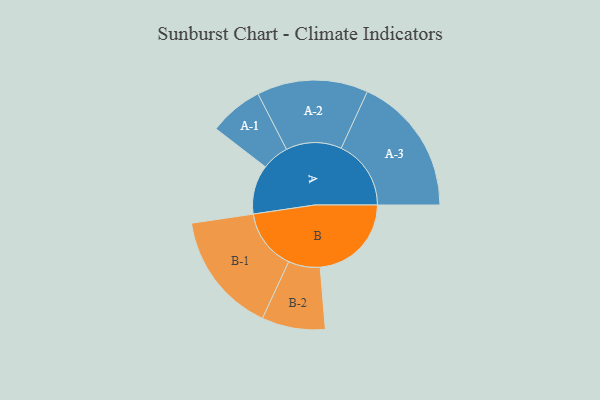
{"axis": {"x": "Segment", "y": "Value"}, "legend": ["", "A", "B"], "data": [{"x": "A", "y": 200, "type": ""}, {"x": "B", "y": 371, "type": ""}, {"x": "A-1", "y": 110, "type": "A"}, {"x": "A-2", "y": 226, "type": "A"}, {"x": "A-3", "y": 284, "type": "A"}, {"x": "B-1", "y": 247, "type": "B"}, {"x": "B-2", "y": 129, "type": "B"}]}